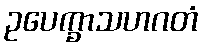
ဥပေက္ခာသဟဂတံ